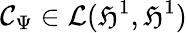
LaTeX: \mathcal{C}_{\Psi}\in\mathcal{{L}}(\mathfrak{{H}}^{1},\mathfrak{{H}}^{1})